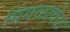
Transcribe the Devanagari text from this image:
पिंगळावेळ